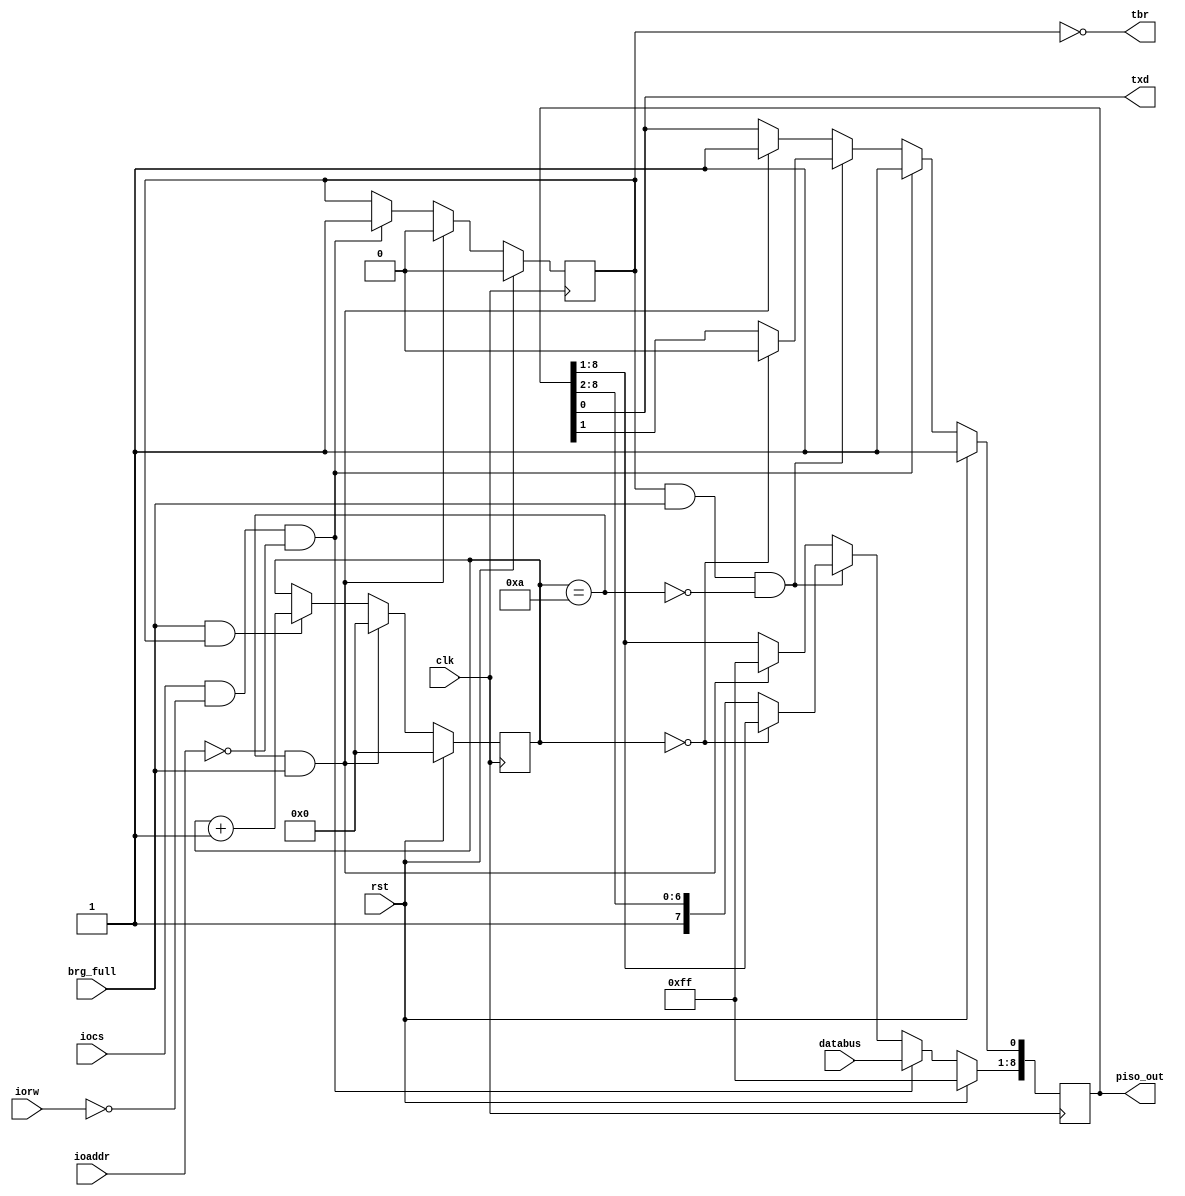
module transmit( 
clk,
rst,
brg_full,
//wr_en,
iorw, //constitutes wr_en
iocs, //constitutes wr_en
databus,
ioaddr,
tbr,
txd,
piso_out
);

//Input ports
input clk;
input rst;
input brg_full; 
input iorw;
input iocs;
input [1:0] ioaddr;
//input wr_en;  // Active high
input [7:0] databus;

// Output ports
output tbr;
output txd;

// This output signal goes outside from tx module to 
// driver module for debugging with ChipScope.
output [8:0] piso_out;

reg [8:0] piso; // parallel in serial out shifter
reg [3:0] count;
reg buffer_full;

assign tbr = ~buffer_full;
assign txd = piso[0];
assign cnt_flag = (count == 10);

assign piso_out = piso;

always @ (posedge clk)
begin
     if(rst) begin
	//	 count <= 0;
		 piso <= 9'h1FF;  // Should send out STOP bit
	//	 buffer_full <= 0;
     end

	// ioaddr wasn't even considered previously
	 else if (iocs & ~iorw & (ioaddr == 2'd0)) begin
		 piso <= {databus[7:0],1'b1};
	// buffer_full <= 1;
	 end

	
	//~rst removed. Redundant. If rst=1, it's taken care in the first block itself.
/*	if(count == 0 && buffer_full && brg_full) begin
		piso[0] <= 1'b0; // Start bit		
		count <= count + 1;		
	end 
*/
	else if (buffer_full && brg_full && ~cnt_flag ) begin
	if (count == 0)
		piso[0] <= 1'b0; // Start bit
	//	count <= count + 1; 
	else
		piso <= {1'b1, piso[8:1]}; // Shift
	end

	else if (cnt_flag & brg_full)  begin
	//	count <= 0;
		piso <= 9'h1FF;
	//	buffer_full <= 0;
	end
end

//Different block for buffer_full
always @ (posedge clk)
begin
if (rst)
	buffer_full <= 1'b0;
else if (cnt_flag & brg_full)
	buffer_full <= 1'b0;
else if (iocs & ~iorw & (ioaddr == 2'b0))
	buffer_full <= 1'b1;
end


// Different block for count
always @ (posedge clk)
begin
if (rst)
	count <= 0;
else if (cnt_flag & brg_full)
	count <= 0;
// else if (iocs & ~iorw & (count!=9))
else if (brg_full & buffer_full)
	count <= count + 1;
end
	
endmodule